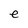
Character: e